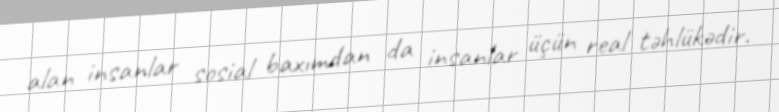
alan insanlar sosial baxımdan da insanlar üçün real təhlükədir.